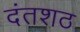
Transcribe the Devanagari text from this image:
दंतशठ